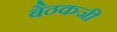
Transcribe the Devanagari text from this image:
बैठकजी